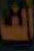
ألف